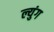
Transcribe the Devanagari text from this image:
ल्युंग